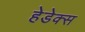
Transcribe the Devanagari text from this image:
हेडेक्स